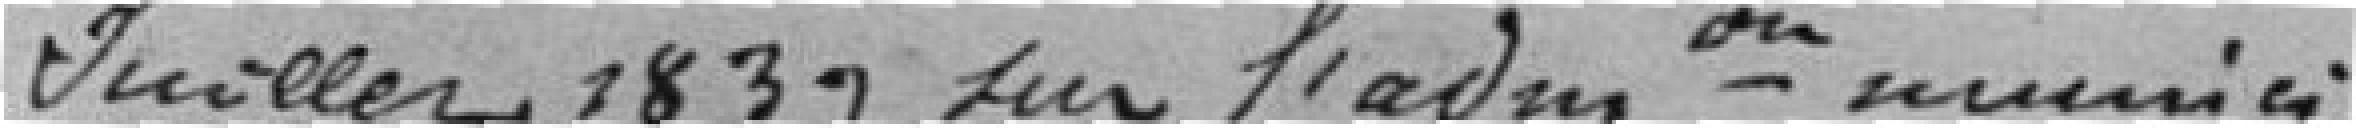
juillet 1839 sur l'administration municipale